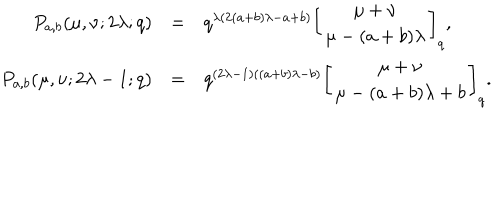
LaTeX: \begin{array} { r c l } { { P _ { a , b } ( \mu , \nu ; 2 \lambda ; q ) } } & { { = } } & { { q ^ { \lambda ( 2 ( a + b ) \lambda - a + b ) } \displaystyle \left[ \begin{array} { c } { { \mu + \nu } } \\ { { \mu - ( a + b ) \lambda } } \\ \end{array} \right] _ { q } , } } \\ { { P _ { a , b } ( \mu , \nu ; 2 \lambda - 1 ; q ) } } & { { = } } & { { q ^ { ( 2 \lambda - 1 ) ( ( a + b ) \lambda - b ) } \displaystyle \left[ \begin{array} { c } { { \mu + \nu } } \\ { { \mu - ( a + b ) \lambda + b } } \\ \end{array} \right] _ { q } . } } \\ \end{array}